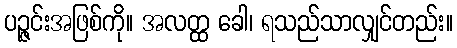
ပဉ္ဇင်းအဖြစ်ကို။ အလတ္ထ ခေါ၊ ရသည်သာလျှင်တည်း။